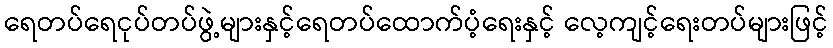
ရေတပ်ရေငုပ်တပ်ဖွဲ့များနှင့်ရေတပ်ထောက်ပံ့ရေးနှင့် လေ့ကျင့်ရေးတပ်များဖြင့်